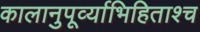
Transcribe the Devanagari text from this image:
कालानुपूर्व्याभिहिताश्च